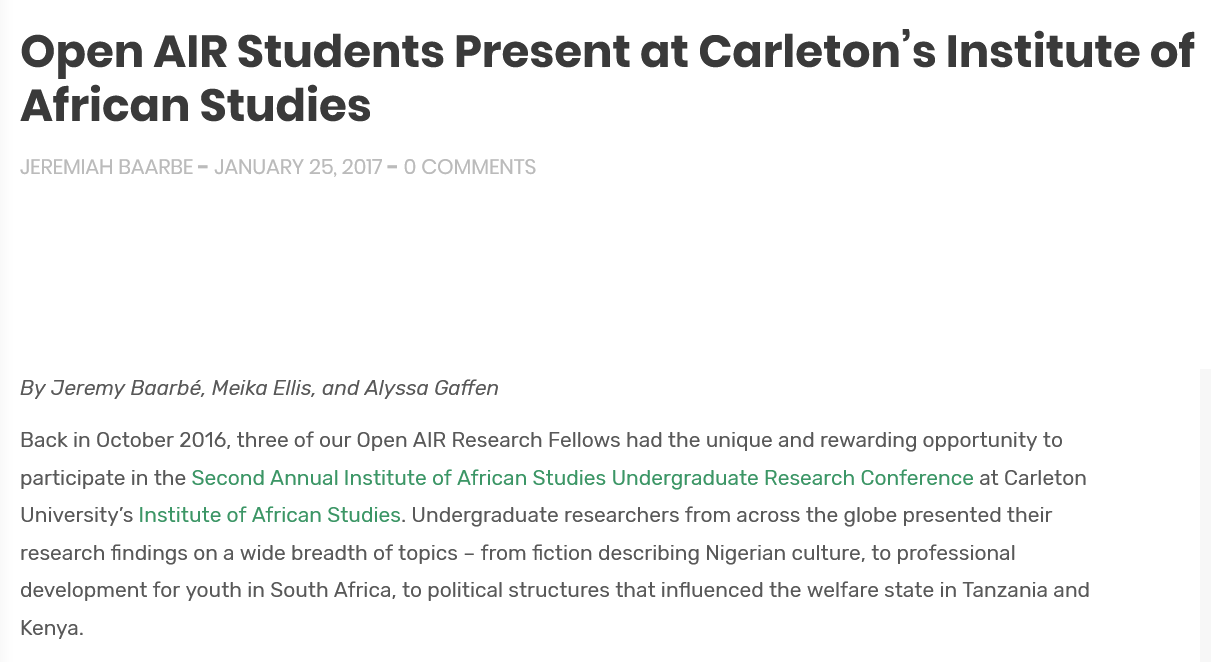
Open    AIR    Students    Present    at    Carleton’s    Institute    of
  African    Studies
  JEREMIAH BAARBE = JANUARY 25, 2017
     = 0 COMMENTS
  By Jeremy Baarbé, Meika Ellis, and Alyssa Gaffen
  Back in October 2016, three of our Open AIR Research Fellows had the unique and rewarding opportunity to
  participate in the Second Annual Institute of African Studies Undergraduate Research Conference at Carleton
  University’s Institute of African Studies. Undergraduate researchers from across the globe presented their
  research findings on a wide breadth of topics -
     from fiction describing Nigerian culture, to professional
  development for youth in South Africa, to political structures that influenced the welfare state in Tanzania and
  Kenya.